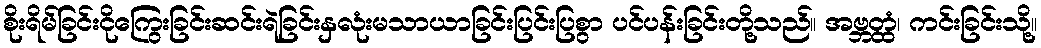
စိုးရိမ်ခြင်းငိုကြွေးခြင်းဆင်းရဲခြင်းနှလုံးမသာယာခြင်းပြင်းပြစွာ ပင်ပန်းခြင်းတို့သည်။ အဗ္ဘတ္ထံ၊ ကင်းခြင်းသို့။